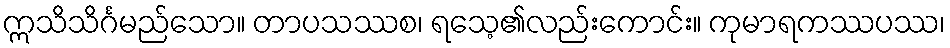
ဣသိသိင်္ဂမည်သော။ တာပသဿစ၊ ရသေ့၏လည်းကောင်း။ ကုမာရကဿပဿ၊